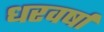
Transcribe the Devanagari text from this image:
धरवर्षा